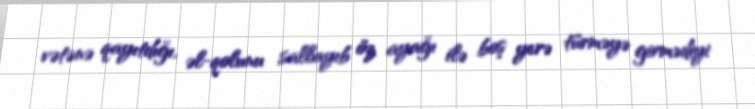
vətənə qayıtdığı, əl-qolunu sallayıb öz ayağı ilə boş yerə türməyə girmədiyi